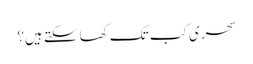
سحری کب تک کھا سکتے ہیں؟